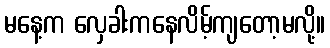
မနေ့က လှေခါးကနေလိမ့်ကျတော့မလို့။